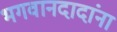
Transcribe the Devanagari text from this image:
भगवानदादांना